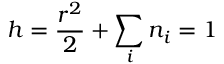
h = \frac { r ^ { 2 } } { 2 } + \sum _ { i } n _ { i } = 1